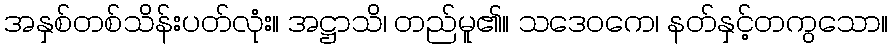
အနှစ်တစ်သိန်းပတ်လုံး။ အဋ္ဌာသိ၊ တည်မူ၏။ သဒေဝကေ၊ နတ်နှင့်တကွသော။